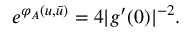
e ^ { \varphi _ { A } ( u , \bar { u } ) } = 4 | g ^ { \prime } ( 0 ) | ^ { - 2 } .